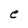
Character: e